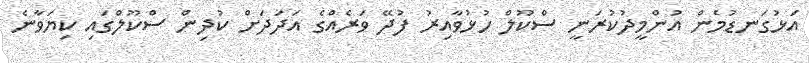
އަޅުގަނޑުމެން އުންމީދުކުރަނީ ސްކޫލް ހުޅުވާއިރު ފުދޭ ވަރެއްގެ އަދަދަށް ކުދިން ސްކޫލްގައި ކިޔަވާނެ